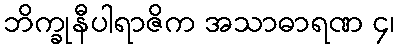
ဘိက္ခုနီပါရာဇိက အသာဓာရဏ ၄၊